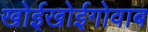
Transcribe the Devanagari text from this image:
खोईखोईगोवाब